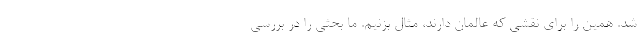
شد. همین را برای نقشی که عالمان دارند، مثال بزنیم. ما بحثی را در بررسی